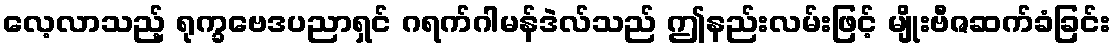
လေ့လာသည့် ရုက္ခဗေဒပညာရှင် ဂရက်ဂါမန်ဒဲလ်သည် ဤနည်းလမ်းဖြင့် မျိုးဗီဇဆက်ခံခြင်း